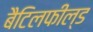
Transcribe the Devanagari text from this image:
बैटिलफील्ड